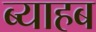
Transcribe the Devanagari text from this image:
ब्याहब